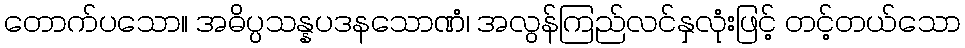
တောက်ပသော။ အဓိပ္ပသန္နပဒနသောဏံ၊ အလွန်ကြည်လင်နှလုံးဖြင့် တင့်တယ်သော